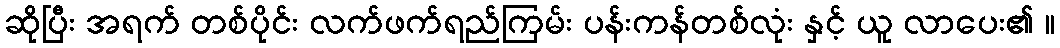
ဆိုပြီး အရက် တစ်ပိုင်း လက်ဖက်ရည်ကြမ်း ပန်းကန်တစ်လုံး နှင့် ယူ လာပေး၏ ။